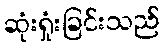
ဆုံးရှုံးခြင်းသည်